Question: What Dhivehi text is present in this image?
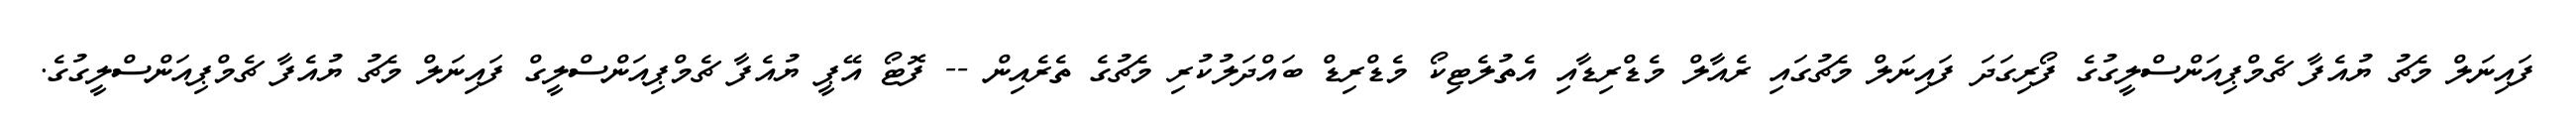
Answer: ފައިނަލް މެޗު ޔުއެފާ ޗެމްޕިއަންސްލީގުގެ ފޯރިގަދަ ފައިނަލް މެޗުގައި ރެއާލް މެޑްރިޑާއި އެތުލެޓިކޯ މެޑްރިޑް ބައްދަލުކުރި މެޗުގެ ތެރެއިން -- ފޮޓޯ އޭޕީ ޔުއެފާ ޗެމްޕިއަންސްލީގް ފައިނަލް މެޗު ޔުއެފާ ޗެމްޕިއަންސްލީގުގެ.